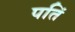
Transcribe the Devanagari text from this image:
पतिं